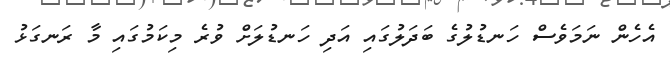
އެހެން ނަމަވެސް ހަނޑުލުގެ ބަދަލުގައި އަދި ހަނޑުލަށް ވުރެ މިކަމުގައި މާ ރަނގަޅު